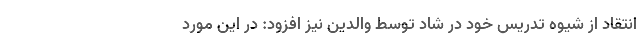
انتقاد از شیوه تدریس خود در شاد توسط والدین نیز افزود: در این مورد